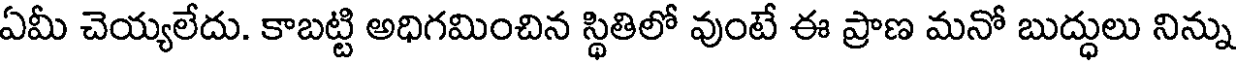
ఏమీ చెయ్యలేదు. కాబట్టి అధిగమించిన స్థితిలో వుంటే ఈ ప్రాణ మనో బుద్ధులు నిన్ను